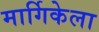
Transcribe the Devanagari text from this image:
मार्गिकेला